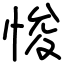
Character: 悛